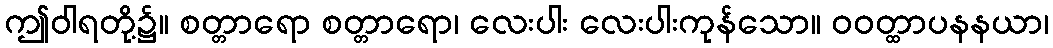
ဤဝါရတို့၌။ စတ္တာရော စတ္တာရော၊ လေးပါး လေးပါးကုန်သော။ ဝဝတ္ထာပနနယာ၊